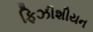
ફિઝીશીયન